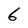
Character: 6